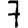
Digit: 7